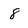
Character: 8